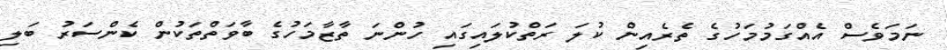
ނަމަވެސް އެއްގަމުމަހުގެ ތެރެއިން ކުލަ ރަތްކުލައިގައި ހުންނަ ތާޒާމަހުގެ ބާވަތްތަކުން ކެންސަރު ބަލި